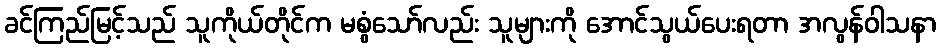
ခင်ကြည်မြင့်သည် သူကိုယ်တိုင်က မစွံသော်လည်း သူများကို အောင်သွယ်ပေးရတာ အလွန်ဝါသနာ